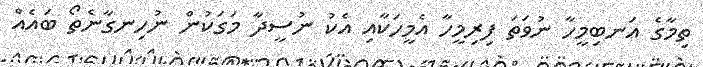
ތިމާގެ އަނބިމީހާ ނުވަތަ ފިރިމީހާ އެމީހަކާއި އެކު ނުސީދާ މަގަކުން ނުހިނގާނެތޯ ބައެއް